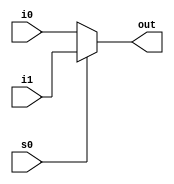
module mult2_to_1_1(out, i0,i1,s0);
output out;
input i0,i1;
input s0;
assign out = s0 ? i1:i0;
endmodule